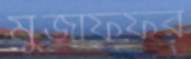
মুজাফফর